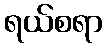
ရယ်စရာ